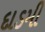
દાડમી